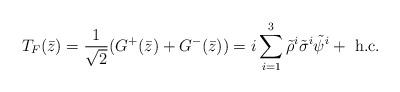
LaTeX: \begin{align*}T_F(\bar{z}) = \frac{1}{\sqrt{2}} (G^+(\bar{z}) + G^-(\bar{z})) = i\sum_{i=1}^3\tilde{\rho}^{i}\tilde{\sigma}^{i}\tilde{\psi}^{i} + \mbox{ h.c.}\end{align*}